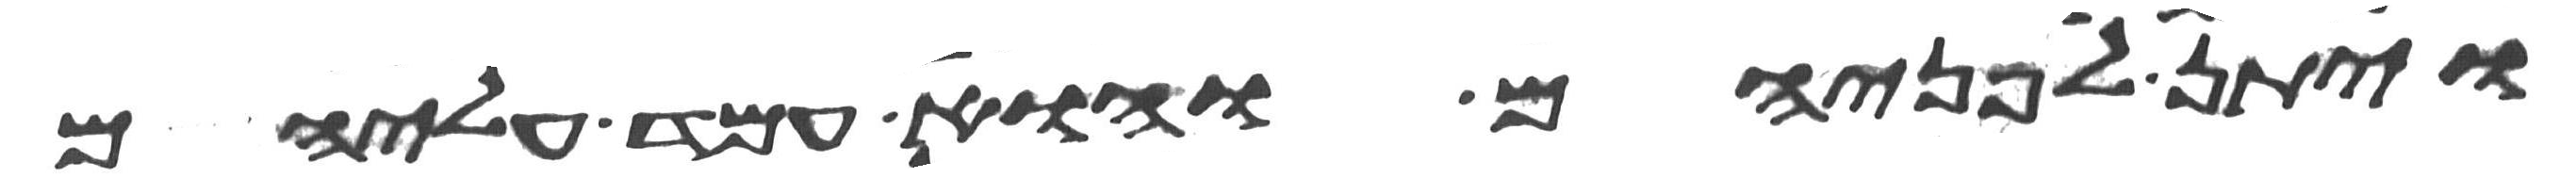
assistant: ויתן לפניהם והוא עמד עליהם